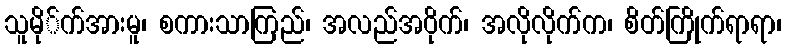
သူမို်က်အားမူ၊ စကားသာကြည်၊ အလည်အဝိုက်၊ အလိုလိုက်က၊ စိတ်ကြိုက်ရာရာ၊